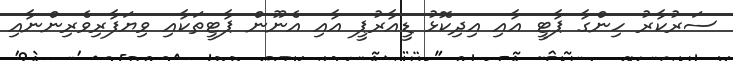
ސަރުކާރު ހިންގާ ޕާޓީ އާއި އިދިކޮޅު ޑީއާރުޕީ އާއި އެނޫން ޕާޓީތަކާއި ވިޔަފާރިވެރިންނާއި